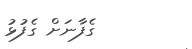
ގެފާނަށް ގެފުޅު